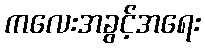
ကလေးအခွင့်အရေး